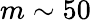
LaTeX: m\sim 50